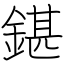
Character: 鍖